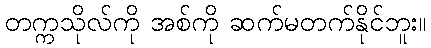
တက္ကသိုလ်ကို အစ်ကို ဆက်မတက်နိုင်ဘူး။